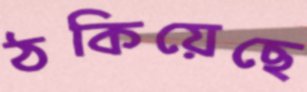
ঠকিয়েছে